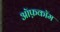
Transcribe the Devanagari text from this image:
ऑफ़कॉम